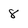
Character: 8